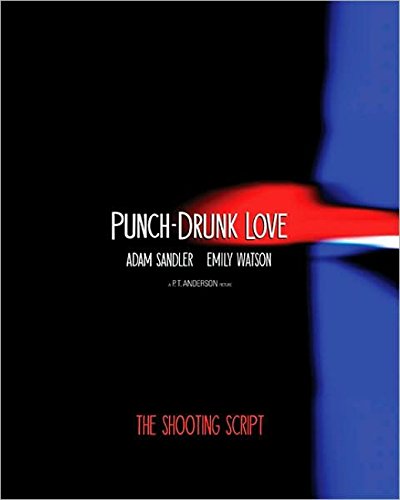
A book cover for Punch-Drunk Love: The Shooting Script; Paul Thomas Anderson; Humor & Entertainment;